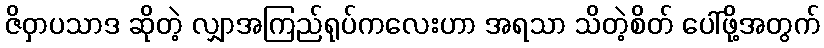
ဇိဝှာပသာဒ ဆိုတဲ့ လျှာအကြည်ရုပ်ကလေးဟာ အရသာ သိတဲ့စိတ် ပေါ်ဖို့အတွက်